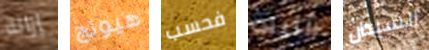
إزالة هيونج فحسب الليلة السيدان